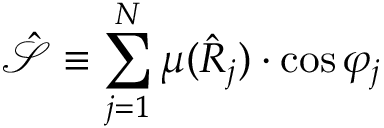
\mathcal { \hat { S } } \equiv \sum _ { j = 1 } ^ { N } \mu ( \hat { R } _ { j } ) \cdot \cos \varphi _ { j }